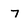
Character: 7